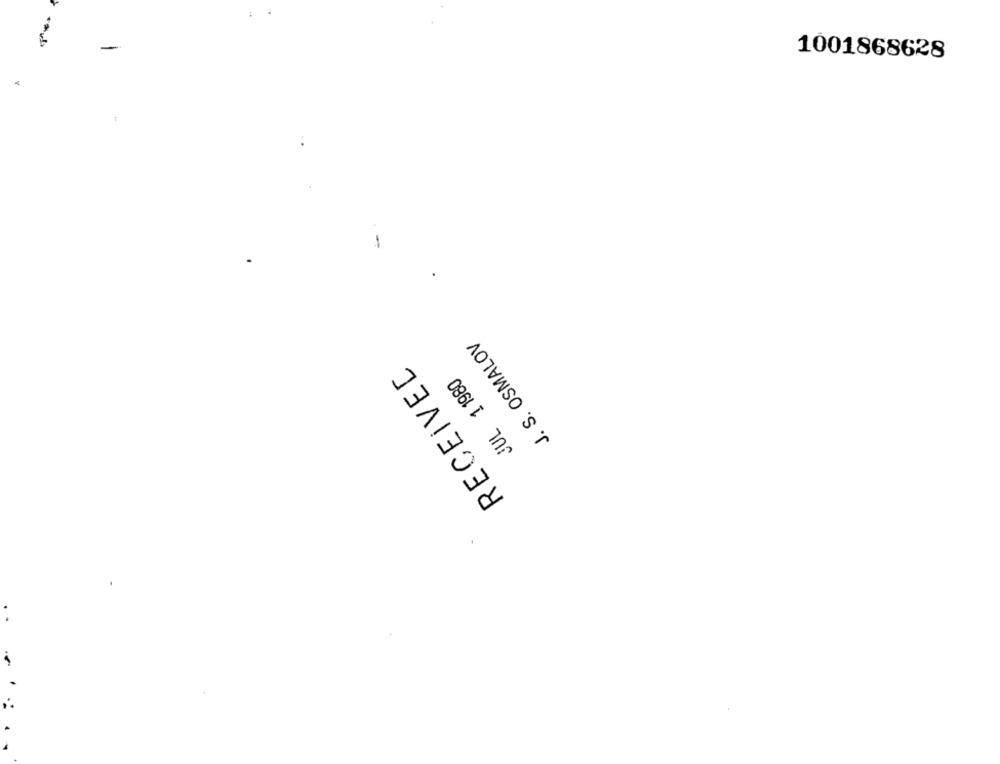
1001868628
-
J. S. OSMALOV
RECEIVED
JUL 1 1980